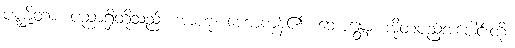
ပဏ္ဍိတာ၊ ပညာရှိတို့သည်။ အာဟု၊ ဟောကုန်၏။ ဘောန္တော၊ အိုတပည့်အပေါင်းတို့။